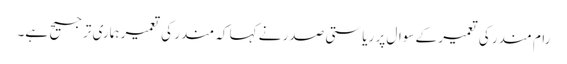
رام مندر کی تعمیر کے سوال پر ریاستی صدر نے کہا کہ مندر کی تعمیر ہماری ترجیح ہے۔